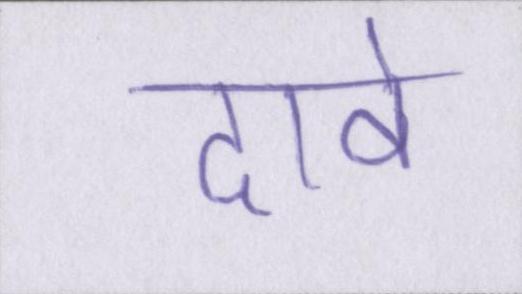
दावे